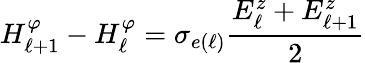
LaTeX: H_{\ell+1}^{\varphi}-H_{\ell}^{\varphi}=\sigma_{e(\ell)}\frac{E_{\ell}^{z}+E_{\ell+1}^{z}}{2}